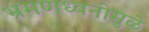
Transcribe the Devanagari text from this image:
भ्रमणध्वनीमुळे